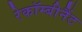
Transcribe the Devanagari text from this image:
रेकॉम्बीनैंट